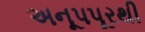
અનૂપપૂરથી